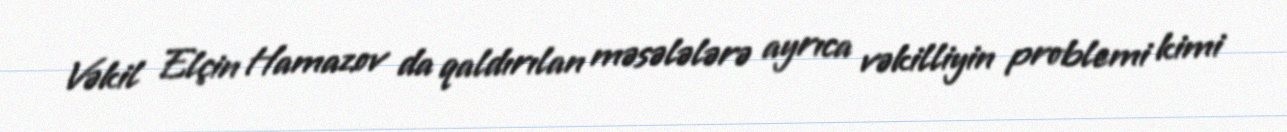
Vəkil Elçin Hamazov da qaldırılan məsələlərə ayrıca vəkilliyin problemi kimi